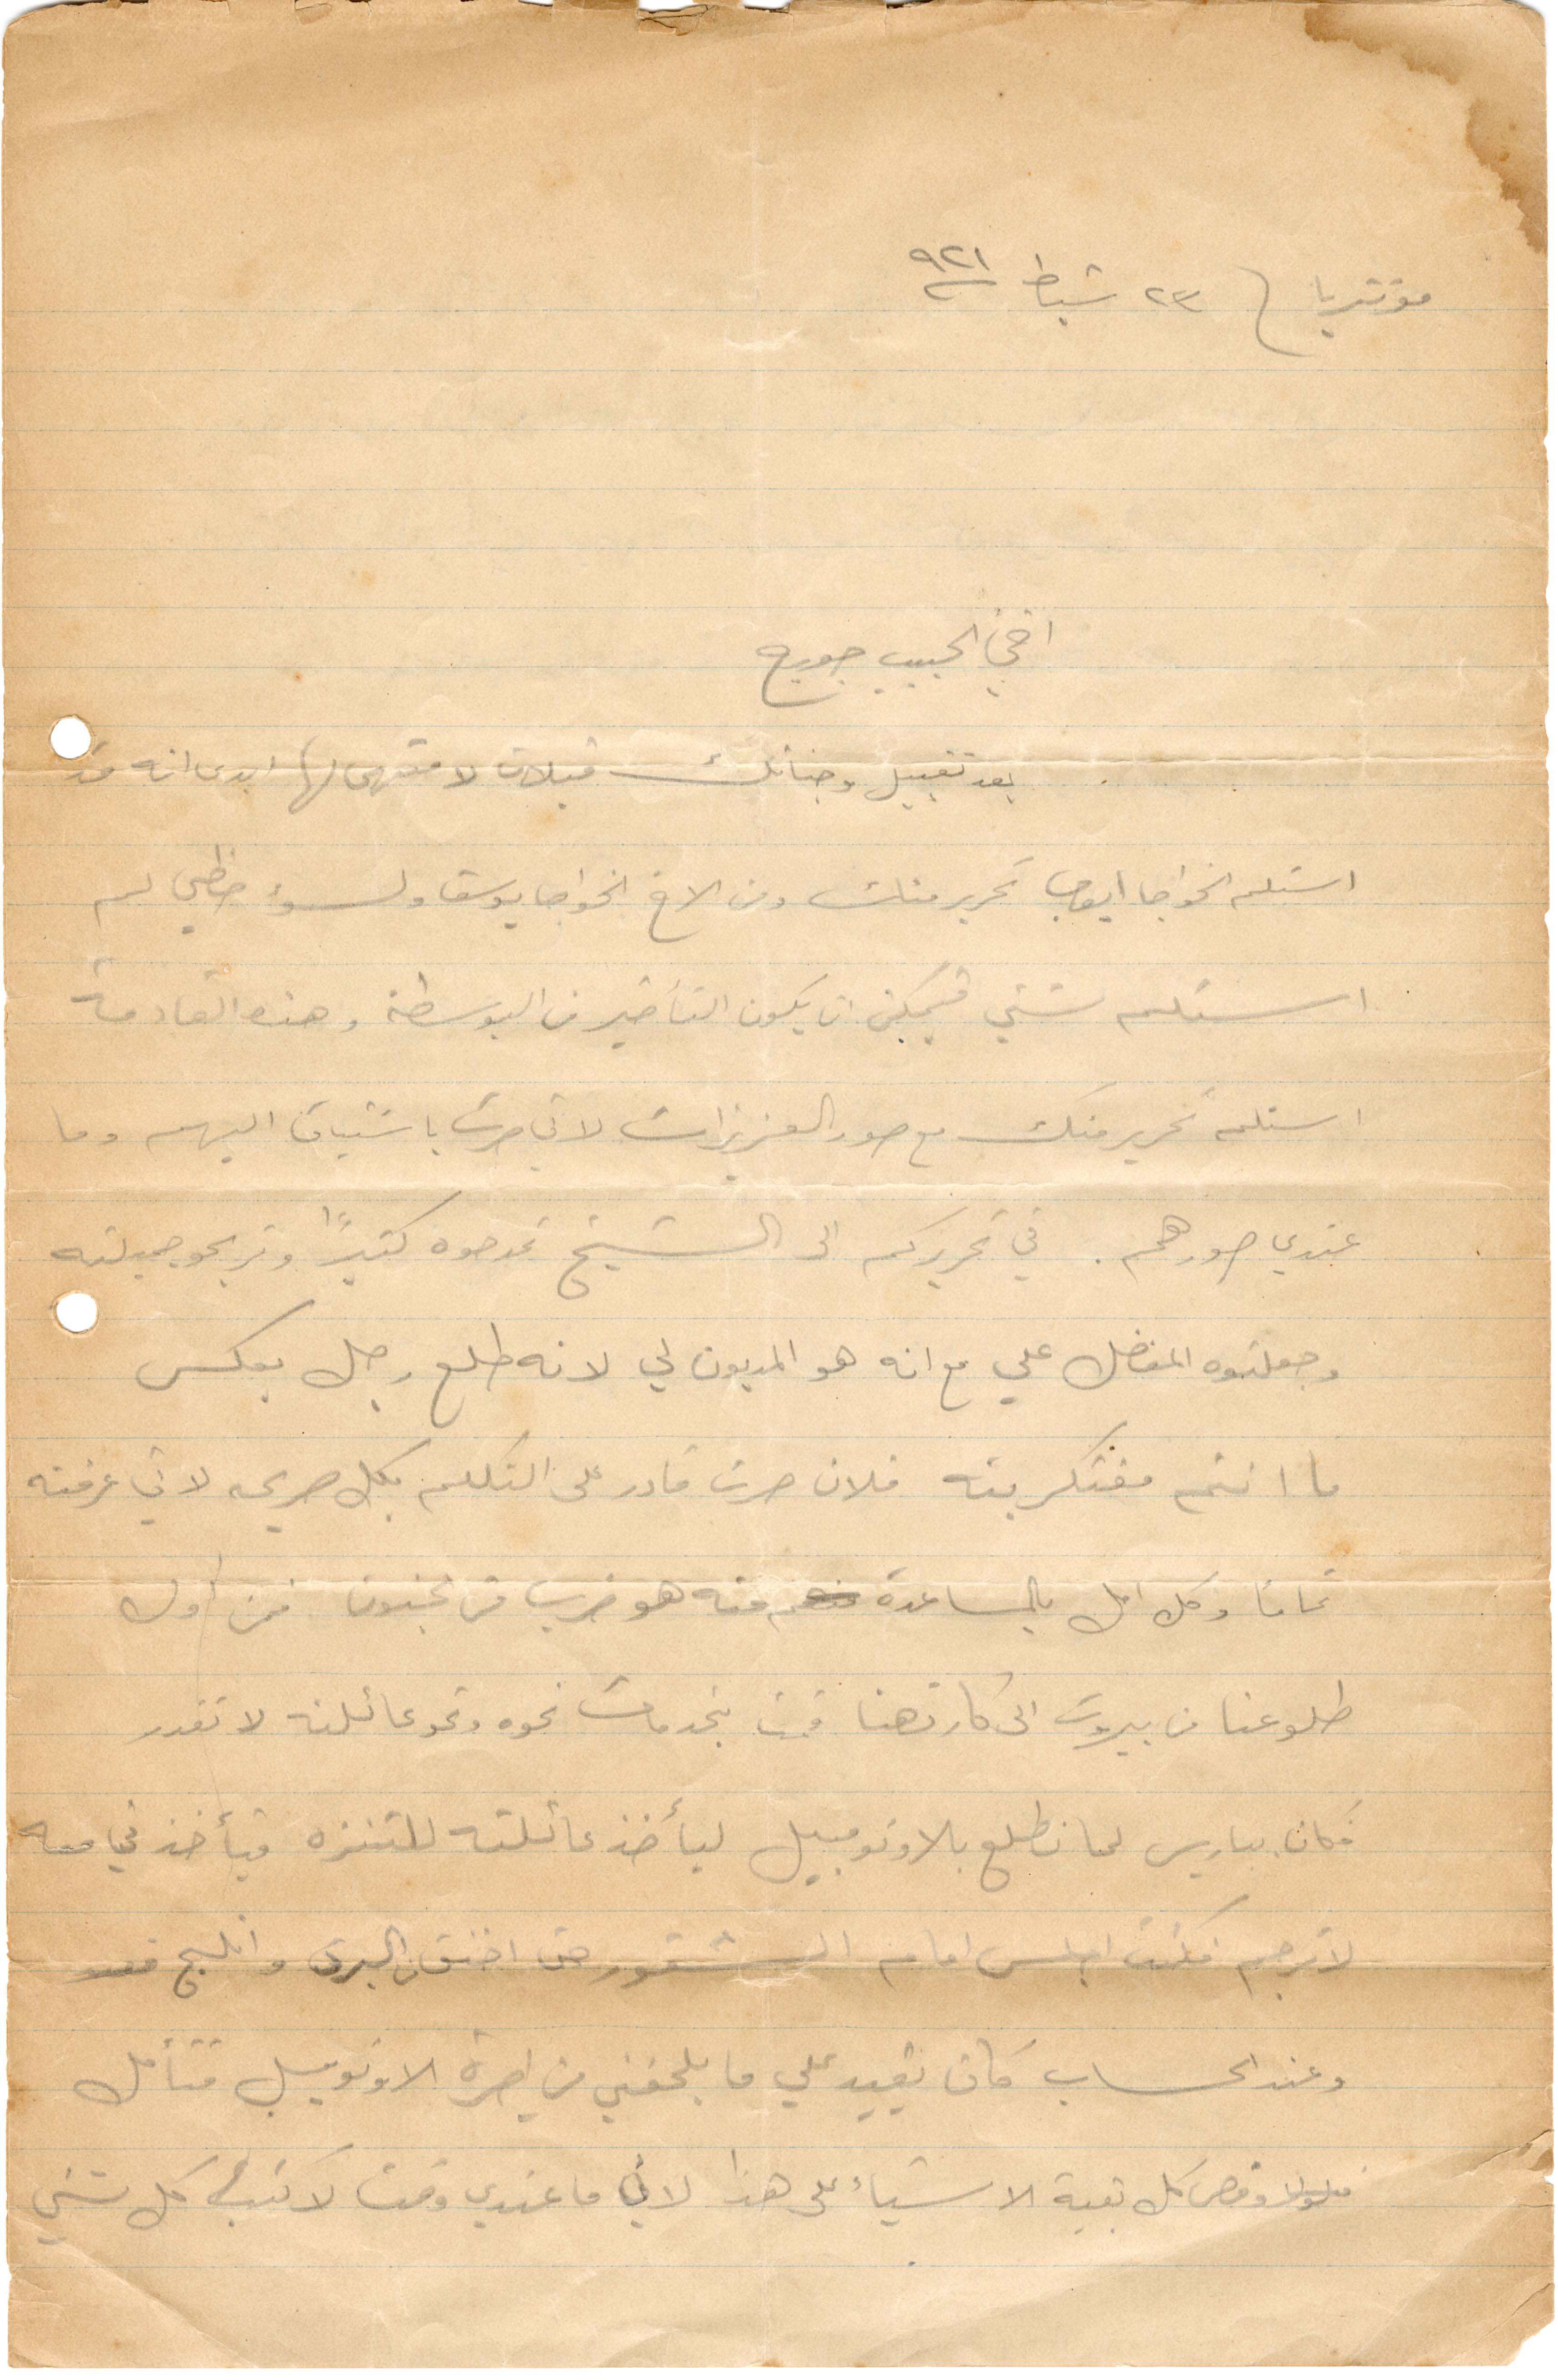
مونتريا في ٢٣ شباط ١٩٢١
اخي الحبيب جورج
بعد تقبيل وجناتك قبلات لا منتهى لها ابدى انه قد
استلم الخواجا أيوب تحرير منك ومن الأخ الخواجا يوسف ولسوء حظي لم
استلم شيء فيمكن يكون التأخير من البوسطة وهذه القادمة
استلم تحرير منك مع صور العزيزات لاني صرت باشتياقي اليهم وما
عندي صورهم. وفي تحريركم الى الشيخ تمدحوه كثيرًا وتربحو جميلته
وجعلتوه المفضل علي مع انه هو المديون لي لانه طلع رجل بعكس
ما انتم مفترك فيه فلان صرت قادر على التكلم بكل صريحه لاني عرفته
تمامًا وكل امل بالمساعدة منه هو ضرب من الجنون. فمن اول
طلوعنا من بيروت الى كارتهنا قمت بخدمات نحو وعائلته لا تقدر
فكان بباريس لما نطلع بالاوتمبيل ليأخذ عائلته للتنزه فيأخذني معه
لاترجم فكنت اجلس امام الشفور حتى اخنق من البرد والذلج
وعند الحساب كان يقيد علي ما يلحقني من اجرة الاوتومبيل فتأمل
وقص كل بقية الأشياء على هذا لأن ما عندي وقت لاكتب كل شيء